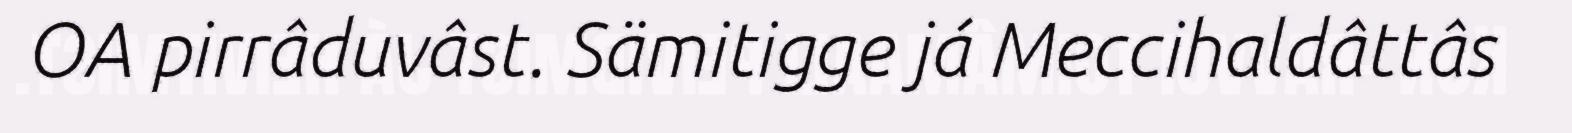
OA pirrâduvâst. Sämitigge já Meccihaldâttâs